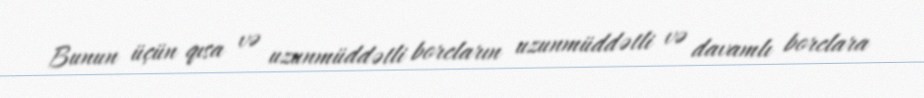
Bunun üçün qısa və uzunmüddətli borcların uzunmüddətli və davamlı borclara